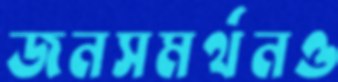
জনসমর্থনও